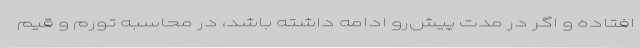
افتاده و اگر در مدت پیش‌رو ادامه داشته باشد، در محاسبه تورم و قیم